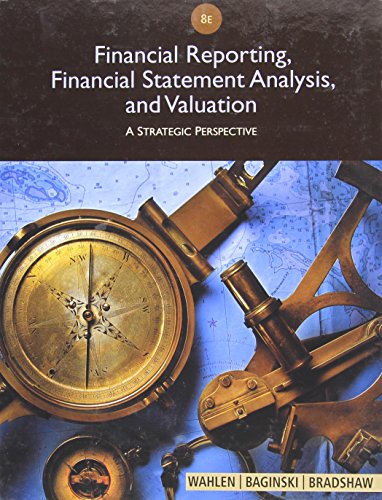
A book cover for Financial Reporting, Financial Statement Analysis and Valuation; James M. Wahlen; Business & Money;